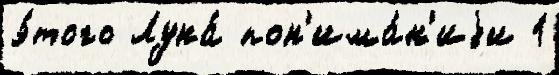
э́того Луна́ пон'има́н'иjи 1